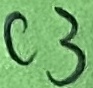
Text: C3